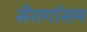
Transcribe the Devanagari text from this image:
सैरागॉसम